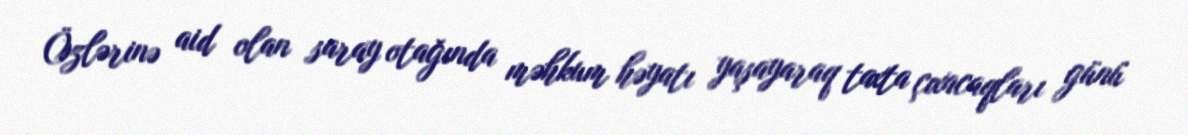
Özlərinə aid olan saray otağında məhkum həyatı yaşayaraq taxta çıxacaqları günü